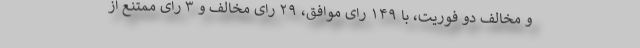
و مخالف دو فوریت، با ۱۴۹ رای موافق، ۲۹ رای مخالف و ۳ رای ممتنع از